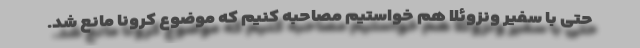
حتی با سفیر ونزوئلا هم خواستیم مصاحبه کنیم که موضوع کرونا مانع شد.